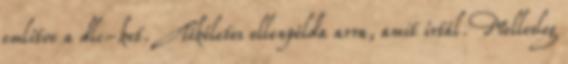
említve a dlc-ket. Tökéletes ellenpélda arra, amit írtál. Mellesleg